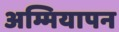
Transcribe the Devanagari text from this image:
अम्मियापन